Leaving Certificate Examination, 1925
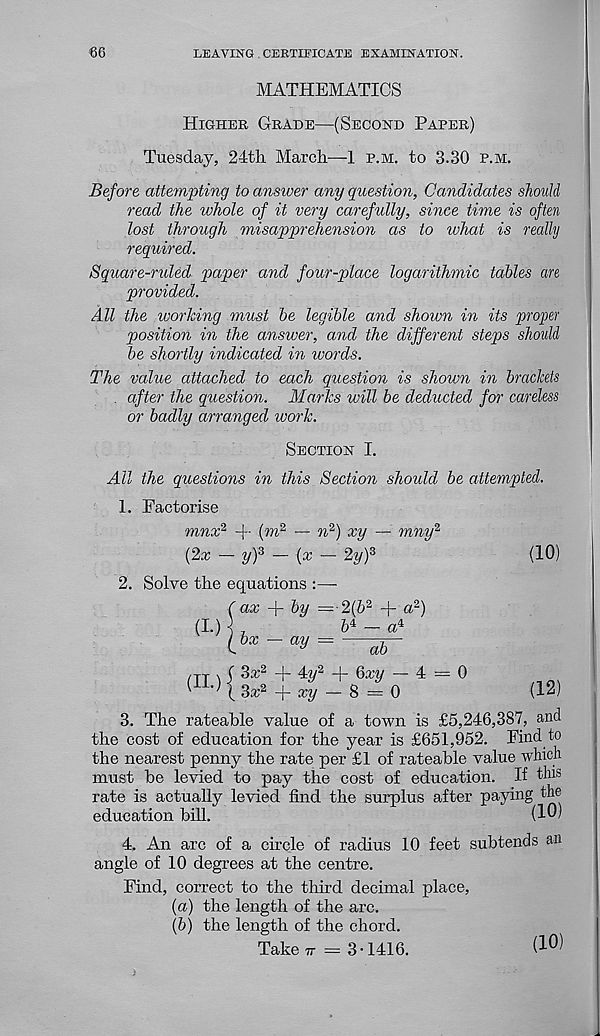
66
LEAVING CERTIFICATE EXAMINATION.
MATHEMATICS
Higher Grade—(Second Paper)
Tuesday, 24th March—1 p.m. to 3.30 p.m.
Before attempting to answer any question, Candidates should
read the whole of it very carefully, since time is often
lost through misapprehension as to ivhat is really
required.
Square-ruled paper and four-place logarithmic tables are
provided.
All the working must be legible and shown in its proper
position in the answer, and the different steps should
be shortly indicated in words.
The value attached to each question is shown in brackets
after the question. Marks will be deducted for careless
or badly arranged work.
Section I.
All the questions in this Section should be attempted.
1. Factorise
mnx 1 + (®. 2 — w 2 ) %y — mny 2
(fix — 2/) 3 — (x — ly) z
2. Solve the equations :
( ax
by
(I-) bx -
< n 4s
ay
l(b 2 + a 2 )
— a 4
ab
4?/ 2
Qxy — 4
xy — & = 0
= 0
(10)
(12)
3. The rateable value of a town is £5,246,387, and
the cost of education for the year is £651,952. Find to
the nearest penny the rate per £1 of rateable value which
must be levied to pay the cost of education. If this
rate is actually levied find the surplus after paying the
education bill.
(10)
4. An arc of a circle of radius 10 feet subtends an
angle of 10 degrees at the centre.
Find, correct to the third decimal place,
(a) the length of the arc.
(b) the length of the chord.
Take tt = 3-1416.
(10)